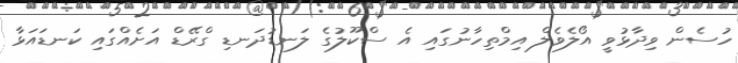
ހުސެން ވިދާޅުވީ އޯލެވެލް އިމްތިހާނުގައި އެ ސްކޫލުގެ ލަނޑުދަނޑި ގްރޭޑް އަށެއްގައި ކަނޑައަޅާ